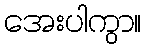
အေးပါကွာ။